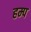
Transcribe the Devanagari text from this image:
हम्प